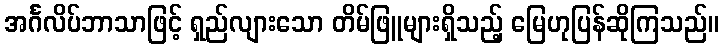
အင်္ဂလိပ်ဘာသာဖြင့် ရှည်လျားသော တိမ်ဖြူများရှိသည့် မြေဟုပြန်ဆိုကြသည်။